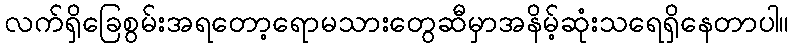
လက်ရှိခြေစွမ်းအရတော့ရောမသားတွေဆီမှာအနိမ့်ဆုံးသရေရှိနေတာပါ။